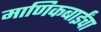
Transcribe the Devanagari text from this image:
माणिकबाईंचा